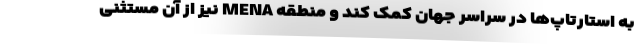
به استارتاپ‌ها در سراسر جهان کمک کند و منطقه MENA نیز از آن مستثنی